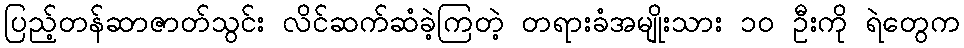
ပြည့်တန်ဆာဇာတ်သွင်း လိင်ဆက်ဆံခဲ့ကြတဲ့ တရားခံအမျိုးသား ၁၀ ဦးကို ရဲတွေက